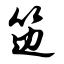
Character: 笾